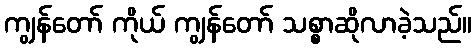
ကျွန်တော် ကိုယ် ကျွန်တော် သစ္စာဆိုလာခဲ့သည်။